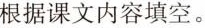
根据课文内容填空。